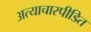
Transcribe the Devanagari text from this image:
अत्याचारपीडित